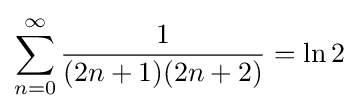
\sum _{n=0}^{\infty }{\frac {1}{(2n+1)(2n+2)}}=\ln 2